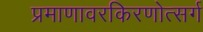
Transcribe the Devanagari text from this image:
प्रमाणावरकिरणोत्सर्ग